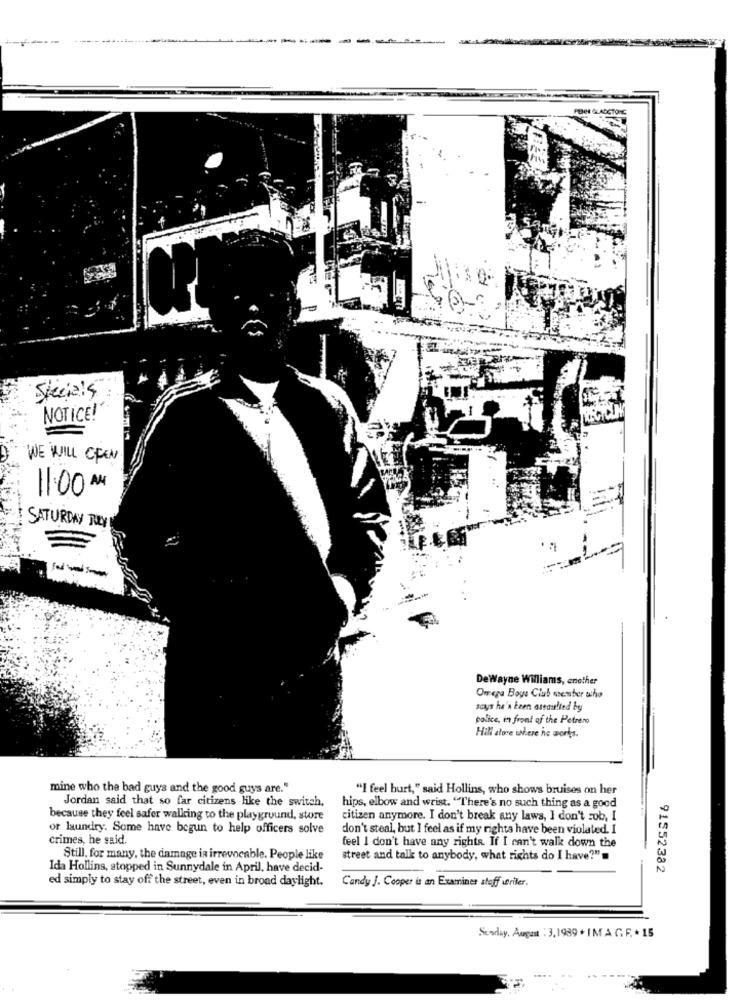
Specials
NOTICE!
WE WILL CEEN
11:00 A
SATURDAY JULY
DeWayne Williams, enother
Omega Boys Club member echo
says he's been assaulted by
police, in front of the Petreno
Hill atore where he works.
mine who the bad guys and the good guys are."
"I feel hurt," said Hollins, who shows bruises on her
Jordan said that so far citizens like the switch,
hips, elbow and wrist. "There's no such thing as a good
because they feel safer walking to the playground, store
citizen anymore. I don't break any laws, I don't rob, I
or laundry. Some have begun to help officers solve
don't steal, but I feel as if my rights have been violated. I
crimes, he said.
feel I don't have any rights. If I can't walk down the
Still, for many, the damage ia irrevocable. People like
street and talk to anybody, what rights do I have?"
Ida Hollins, stopped in Sunnydale in April, have decid-
91552382
ed simply to stay off the street, even in broad daylight.
Candy J. Cooper is an Examiner stoff uriller.
Scorlay, August : 3,1989 + IMA G. F. + 15